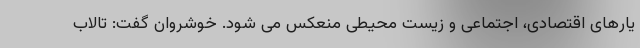
یارهای اقتصادی، اجتماعی و زیست محیطی منعکس می شود. خوشروان گفت: تالاب